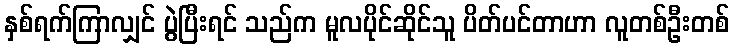
နှစ်ရက်ကြာလျှင် ပွဲပြီးရင် သည်က မူလပိုင်ဆိုင်သူ ပိတ်ပင်တာဟာ လူတစ်ဦးတစ်